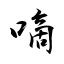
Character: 嘀